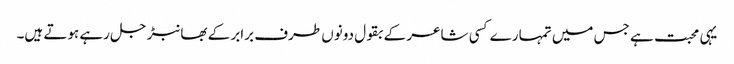
یہی محبت ہے جس میں تمہارے کسی شاعر کے بقول دونوں طرف برابر کے بھانبڑ جل رہے ہوتے ہیں۔